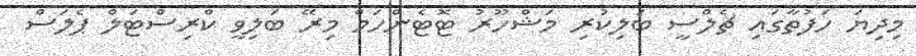
މިދިޔަ ހަފުތާގައި ޗެލްސީ ބަލިކުރި މަޝްހޫރު ޓޮޓެންހަމް މިރޭ ބަލިވީ ކްރިސްޓަލް ޕެލަސް